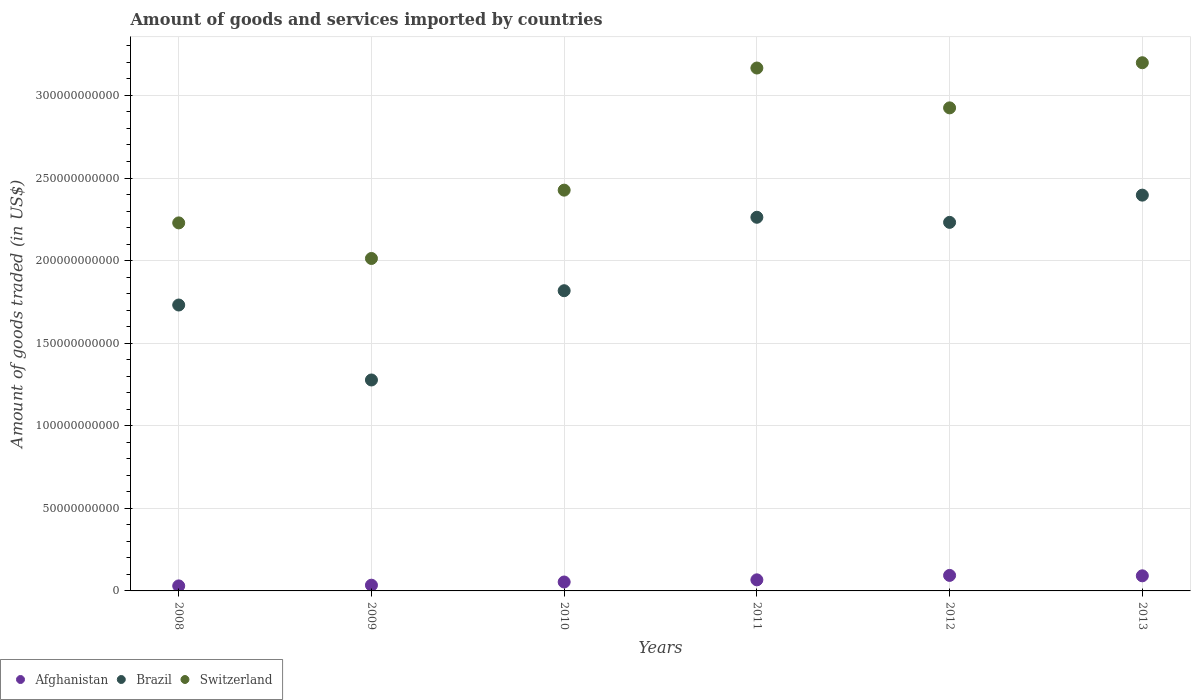
| Years | Afghanistan | Brazil | Switzerland |
 | --- | --- | --- | --- |
 | 2008 | 3.04e+09 | 1.73e+11 | 2.23e+11 |
 | 2009 | 3.47e+09 | 1.28e+11 | 2.01e+11 |
 | 2010 | 5.4e+09 | 1.82e+11 | 2.43e+11 |
 | 2011 | 6.71e+09 | 2.26e+11 | 3.17e+11 |
 | 2012 | 9.39e+09 | 2.23e+11 | 2.92e+11 |
 | 2013 | 9.15e+09 | 2.4e+11 | 3.2e+11 |